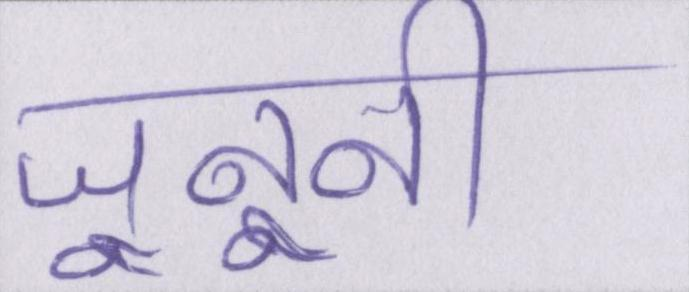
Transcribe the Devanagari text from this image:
जूनूनी